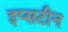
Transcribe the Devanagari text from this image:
इप्सटीन